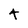
Character: t